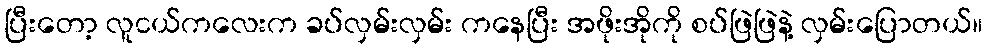
ပြီးတော့ လူငယ်ကလေးက ခပ်လှမ်းလှမ်း ကနေပြီး အဖိုးအိုကို စပ်ဖြဲဖြဲနဲ့ လှမ်းပြောတယ်။